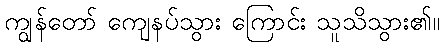
ကျွန်တော် ကျေနပ်သွား ကြောင်း သူသိသွား၏။